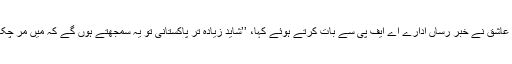
محمد عاشق نے خبر رساں ادارے اے ایف پی سے بات کرتے ہوئے کہا، ’’شاید زیادہ تر پاکستانی تو یہ سمجھتے ہوں گے کہ میں مر چکا ہوں۔